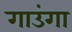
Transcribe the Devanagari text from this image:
गाउंगा